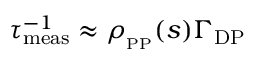
\tau _ { \mathrm { m e a s } } ^ { - 1 } \approx \rho _ { _ { \mathrm { P P } } } ( s ) \Gamma _ { \mathrm { D P } }